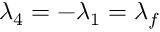
\lambda _ { 4 } = - \lambda _ { 1 } = \lambda _ { f }